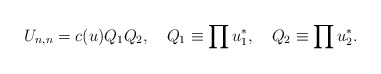
\begin{align*}U_{n,n}=c(u)Q_1Q_2,\quad Q_1\equiv\prod u^*_1,\quad Q_2\equiv\prod u^*_2.\end{align*}